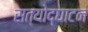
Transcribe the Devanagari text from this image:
सत्योद्घाटन